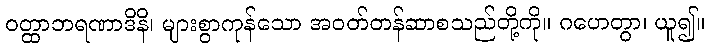
ဝတ္ထာဘရဏာဒိနိ၊ များစွာကုန်သော အဝတ်တန်ဆာစသည်တို့ကို။ ဂဟေတွာ၊ ယူ၍။